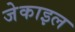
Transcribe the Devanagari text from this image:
जेकाइल